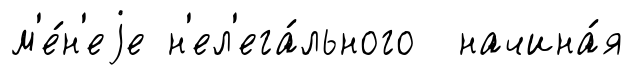
м'е́н'еjе н'ел'ега́льного начина́я